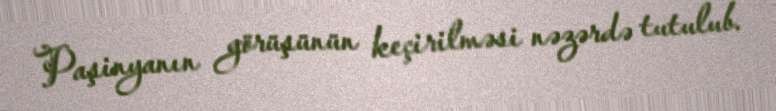
Paşinyanın görüşünün keçirilməsi nəzərdə tutulub.